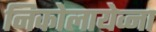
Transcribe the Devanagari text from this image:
निकोलायेव्ना